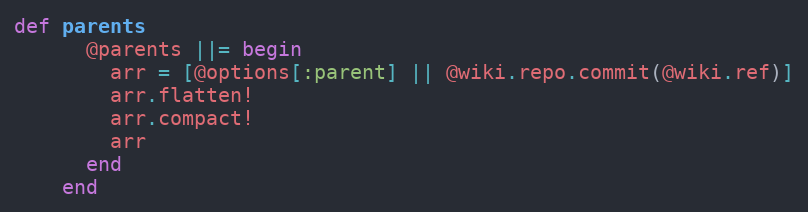
Language: Ruby
def parents
      @parents ||= begin
        arr = [@options[:parent] || @wiki.repo.commit(@wiki.ref)]
        arr.flatten!
        arr.compact!
        arr
      end
    end